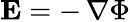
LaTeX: {\mathbf E}=-\, \nabla\Phi